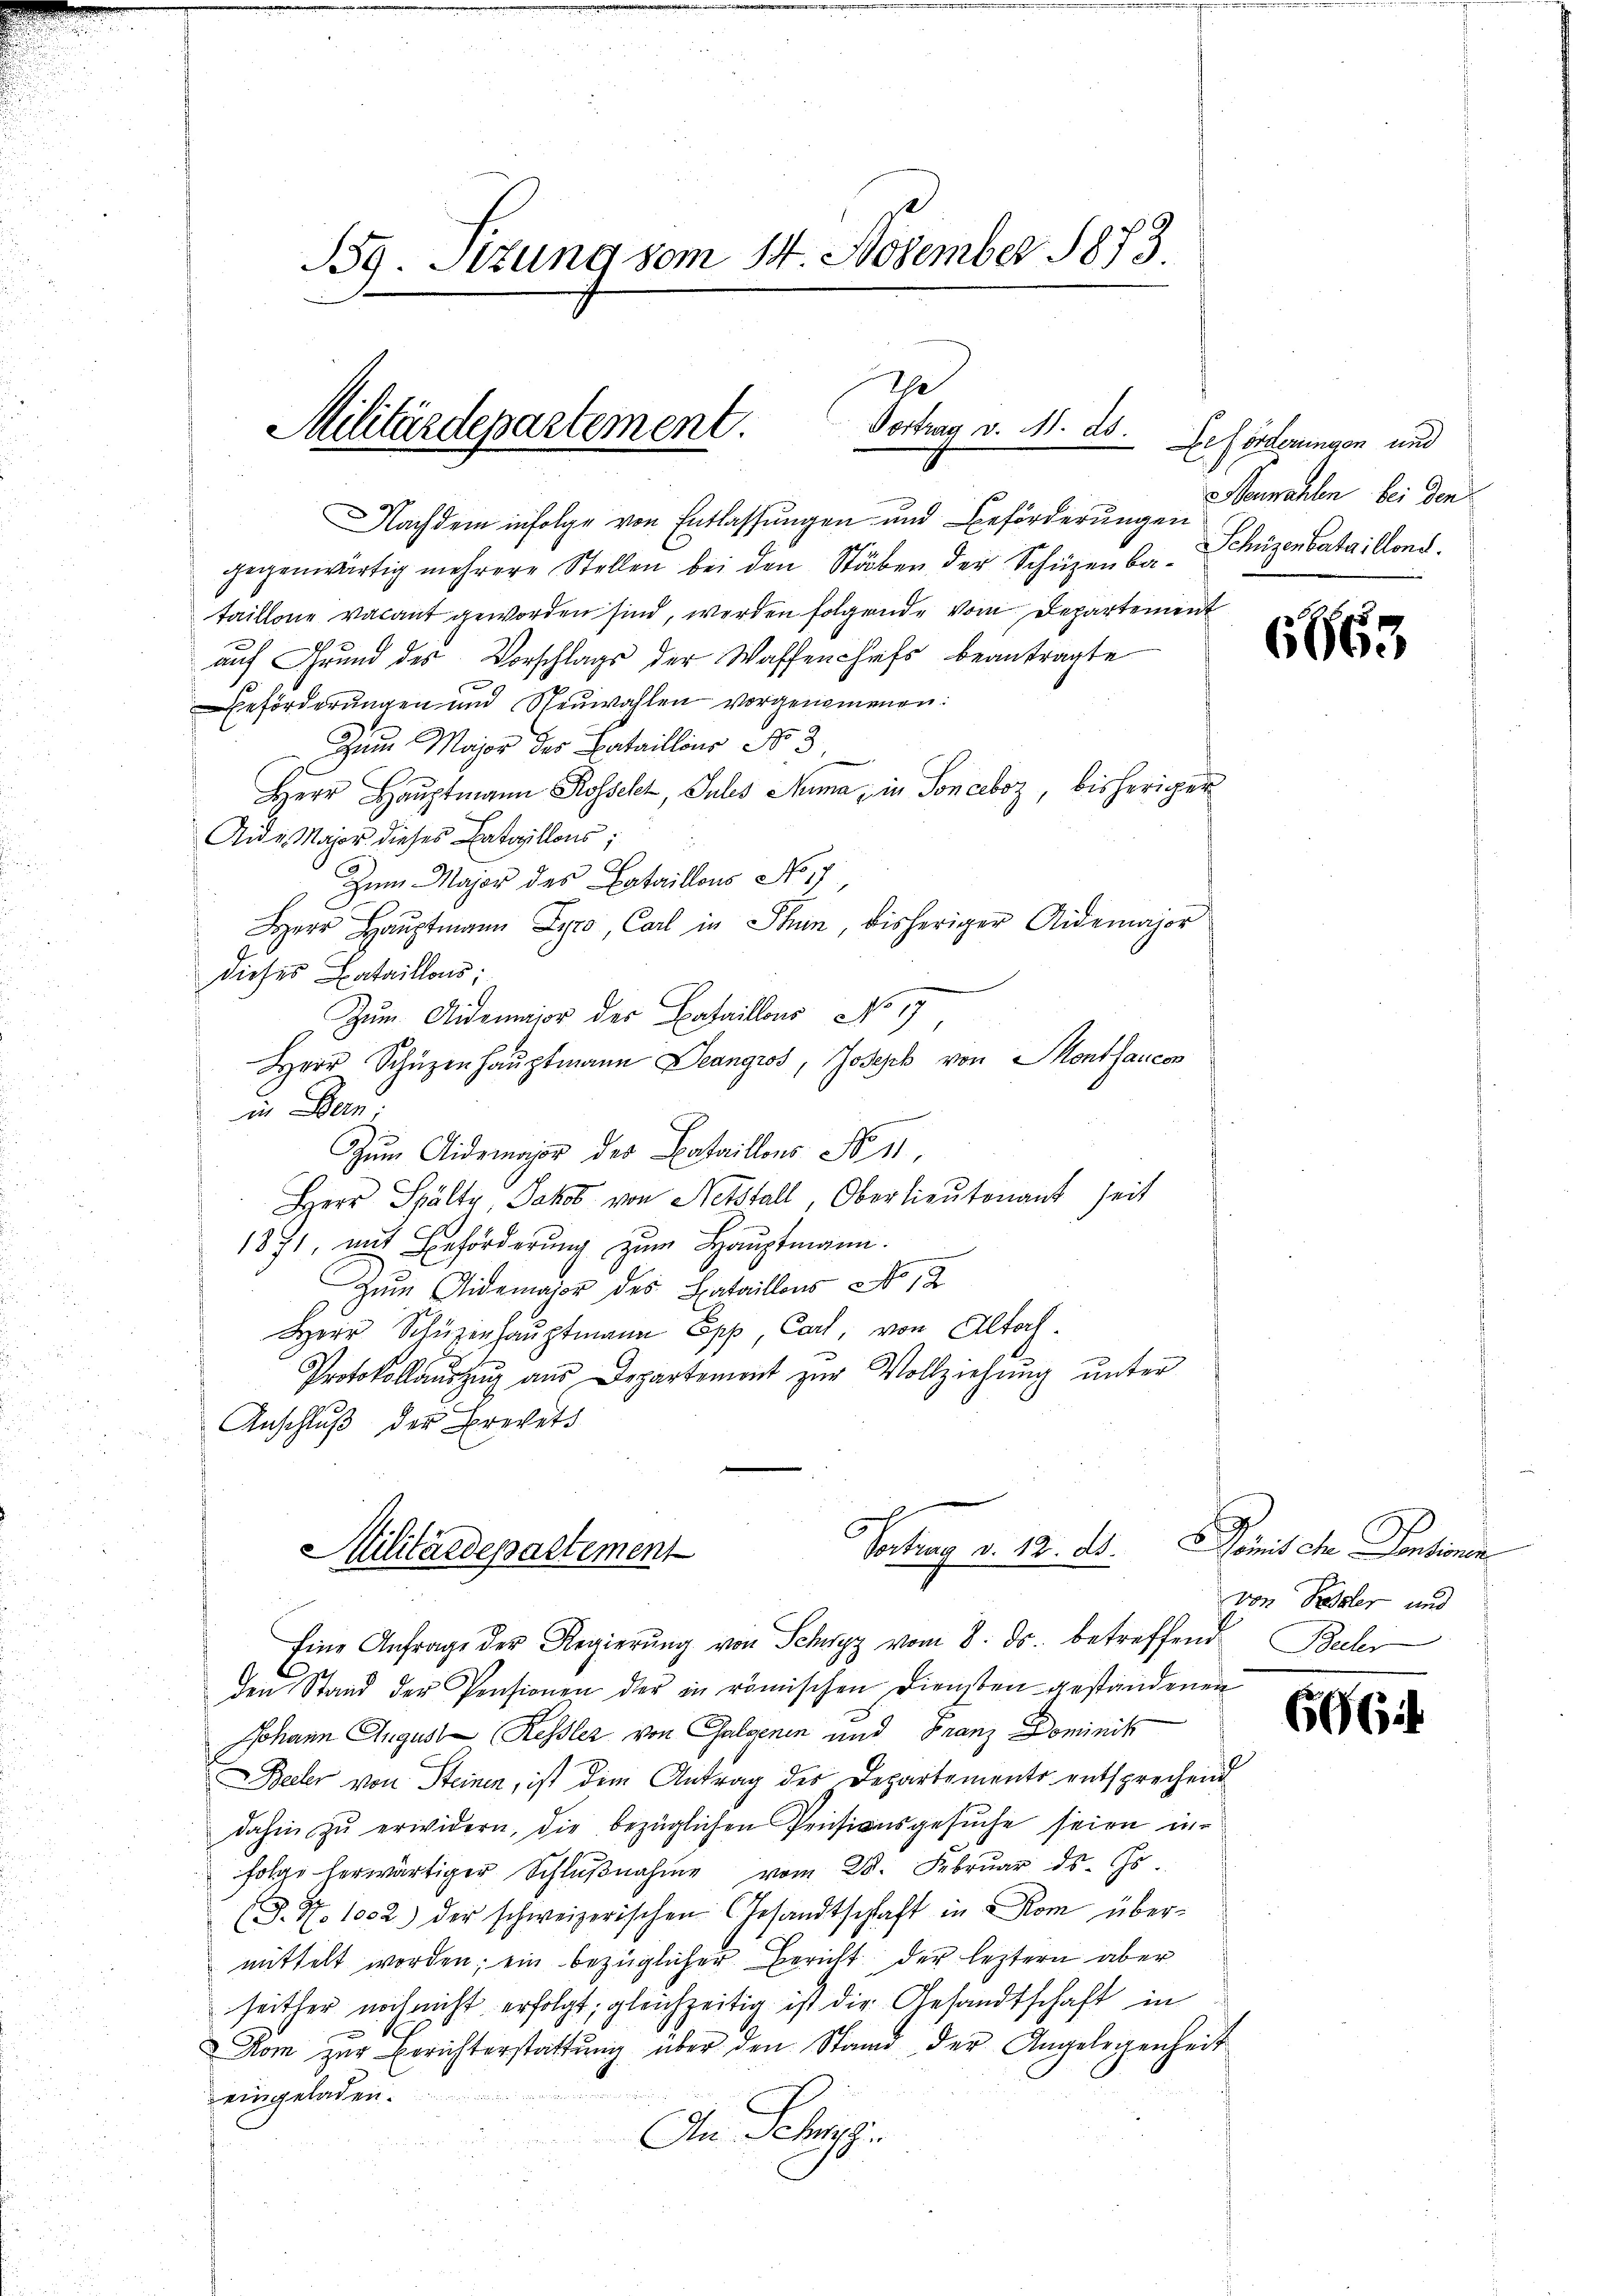
B39. Sitzung vom 14. November 1873.

I
Militärdepartement
Vortrag v. M. ds. Beförderungen und

Nachdem infolge von Entlassungen und Beförderungen
gegenwärtig mehrere Stellen bei den Stäben der Schüzenbataillone vacant geworden sind, werden folgende vom Departement
auf Grund des Vorschlags der Waffenchefs beantragte
eförderungen und Neuwahlen vorgenommenen:
Zum Major des Bataillons No 3
Herr Hauptmann Rosselt, Sules Numa, in Sonceboz, bisheriger
Ande Major dieses Bataillons
Zum Major des Bataillons No. 17,
Herr Haŭptmann Lyro, Carl in Stum, bisheriger Aidemajor
dieses Bataillons:
Zum Aidemajor der Bataillons No 17
Herr Schüzenhaŭptmann Deangros, Joseph von Montancen
in Bern;
Zum Aidemajor der Bataillons No 11.
Herr Spältr, Jakob von Netstall, Oberlieutenant seit
1871, mit Beförderung zum Hauptmann.
zŭm Aidemajor des Bataillons No 1
Herr Schüzenhauptmann Epp, Carl, von Altoch¬
Protokollaŭszŭg aŭs Departemont zŭr Vollziehung unter
Anschluß der Brevets
Paten v. 12. d.
Militärdepartement
Eine Anfrage der Regierŭng von Schwyz vom 8. ds. betreffend Becher
den Stand der Pensionen der in römischen Diensten gestandenen
Johann August Kessler von Galvenen und Franz Dominik
edler von Steinen, ist dem Antrag des Departemento entsprechend
dahin zŭ erwidern, die bezüglichen Pensionsgesŭche seien in
folge herwärtiger Schlŭβnahme vom 28. Febrŭar ds. Es
(S. 47. 1002.) der schweizerischen Gesandtschaft in Rom übermittelt worden; ein bezüglicher Bericht der leztern aber
seither noch nicht erfolgt, gleichzeitig ist die Gesandtschaft in
Kom zur Berichterstattung über den Stand der Angelegenheit
eingeladen.
An Schup

Neuwahlen bei den
Schüzenbertaillond.

6665

Damit ein Pontona
von Passler und

606